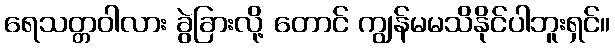
ရေသတ္တဝါလား ခွဲခြားလို့ တောင် ကျွန်မမသိနိုင်ပါဘူးရှင်။